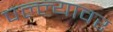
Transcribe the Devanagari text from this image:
पल्ल्यावर